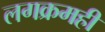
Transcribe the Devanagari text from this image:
लगक्रमही